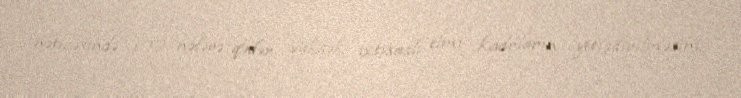
nəticəsində 100 nəfərə qədər yüksək ixtisaslı elmi kadrların yetişdirilməsini